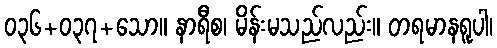
၀၃၆+၀၃၇+သော။ နာရီစ၊ မိန်းမသည်လည်း။ တရမာနရူပါ၊